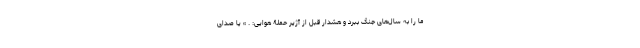
ما را به سال‌های جنگ ببرد و هشدار قبل از آژیر حملۀ هوایی: . » یا صدای